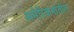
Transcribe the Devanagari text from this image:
अमेरिकनांतील